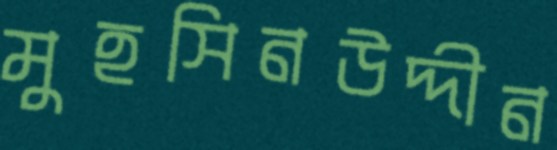
মুহসিনউদ্দীন